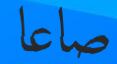
صاعا